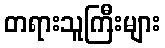
တရားသူကြီးများ